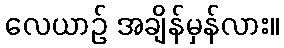
လေယာဉ် အချိန်မှန်လား။